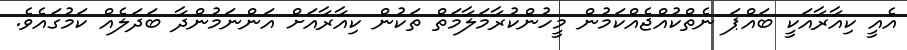
އެއީ ކިއާރާއަކީ ބައްޕަ ނެތްކުއްޖެއްކަމުން މީހުންކުރާމަލާމަތް ތަކުން ކިއާރާއަށް އަންނަމުންދާ ބަދަލެއް ކަމުގައެވެ.